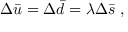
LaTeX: \Delta \bar { u } = \Delta \bar { d } = \lambda \Delta \bar { s } ~ ,